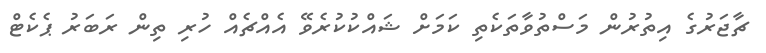
ޗާޖަރުގެ އިތުރުން މަސްތުވާތަކެތި ކަމަށް ޝައްކުކުރެވޭ އެއްޗެއް ހުރި ތިން ރަބަރު ޕެކެޓް